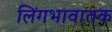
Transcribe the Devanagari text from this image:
लिंगभावातक